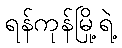
ရန်ကုန်မြို့ရဲ့